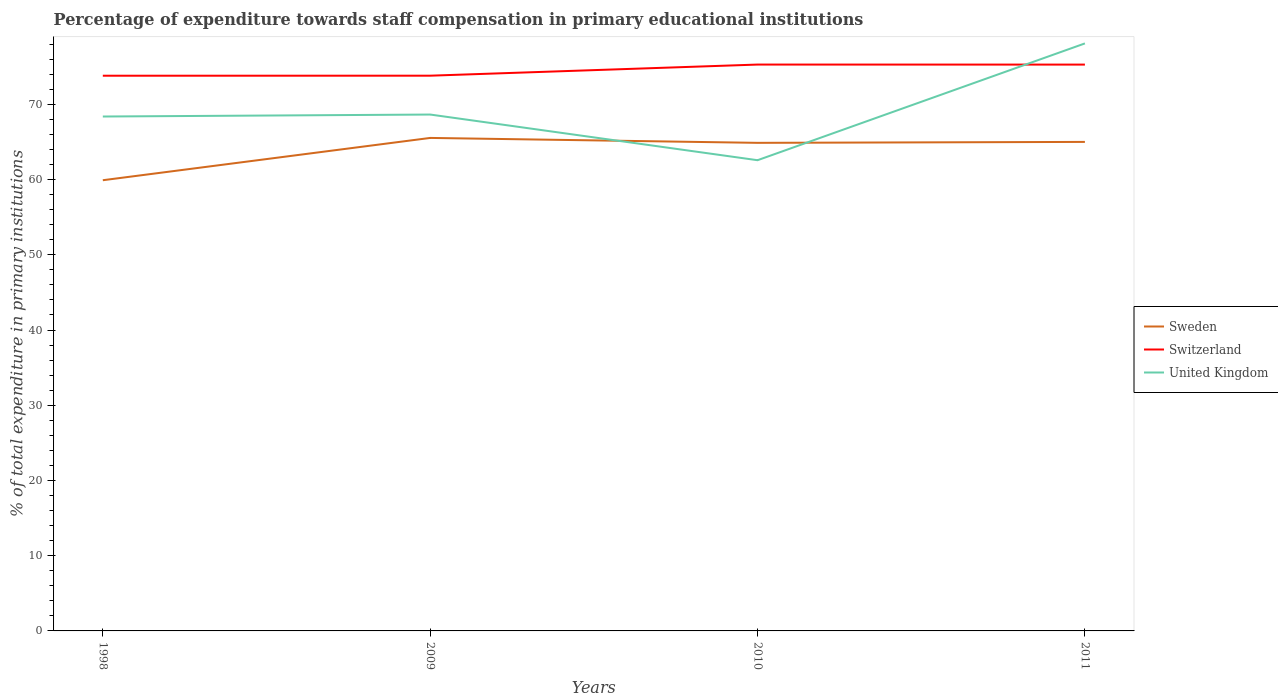
| Years | Sweden | Switzerland | United Kingdom |
 | --- | --- | --- | --- |
 | 1998 | 59.9 | 73.8 | 68.4 |
 | 2009 | 65.5 | 73.8 | 68.6 |
 | 2010 | 64.9 | 75.3 | 62.6 |
 | 2011 | 65 | 75.3 | 78.1 |